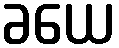
ခယေ